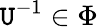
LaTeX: \mathtt{U}^{-1}\in\Phi